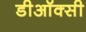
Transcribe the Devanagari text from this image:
डीऑक्सी